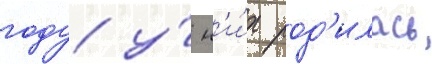
году у́ н'и́х род'илась